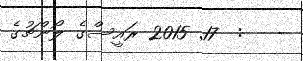
-   :  17